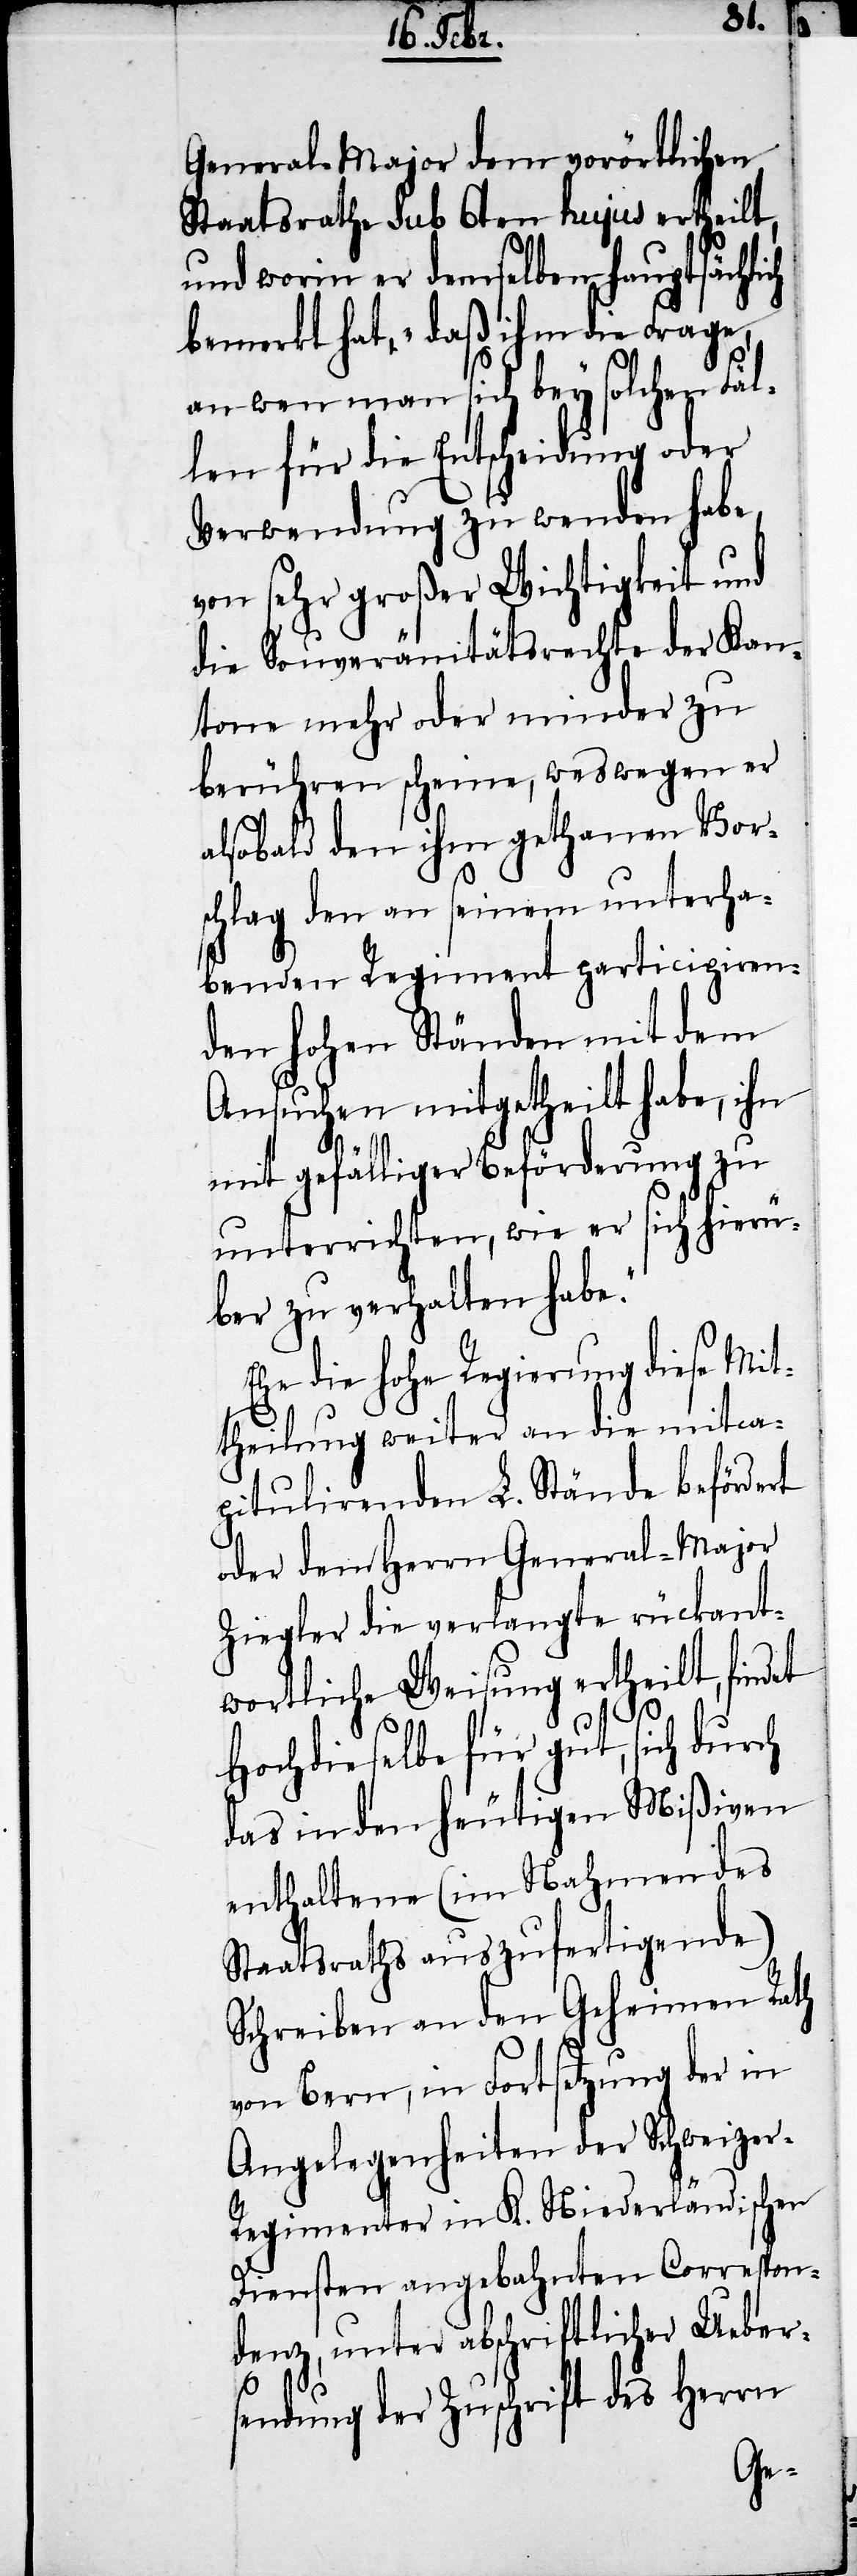
General-Major dem vorörtlichen
Staatsrathe sub 6ten hujus ertheilt,
und worin er demselben hauptsächlich
bemerkt hat, „daß ihm die Frage,
an wen man sich bey solchen Fäl¬
len für die Entscheidung oder
Verwendung zu wenden habe,
von sehr großer Wichtigkeit und
die Souveränitätsrechte der Kan¬
tone mehr oder minder zu
berühren scheine, weswegen er
alsobald den ihm gethanen Vor¬
schlag den an seinem unterha¬
benden Regiment participiren¬
den hohen Ständen mit dem
Ansuchen mitgetheilt habe, ihn
E¬
mit gefälliger Beförderung zu
unterrrichten, wie er sich hierü¬
ber zu verhalten habe.“
he die hohe Regierung diese Mi¬
ttheilung weiter an die mitca¬
pitulirenden L. Stände befördert
oder dem Herrn General-Major
Ziegler die verlangte rückant¬
wortliche Weisung ertheilt, findet
Hochdieselbe für gut, sich durch
das in den heutigen Mißiven
enthaltene (im Nahmen des
Staatsraths auszufertigende)
Schreiben an den Geheimen Rath
von Bern, in Fortsetzung der in
Angelegenheiten der Schweize¬
r-Regimenter in K. Niederländischen
Diensten angebahnten Correspon¬
denz, unter abschriftlicher Uebers¬
endung der Zuschrift des Herrn